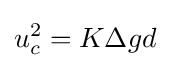
u_{c}^{2}=K\Delta gd